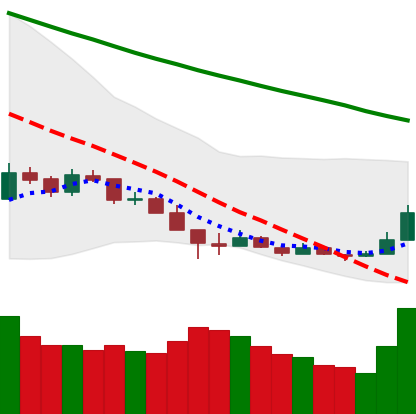
Ticker: LTC-USD
Chart end date: 2018-12-17
Forward return: 8.839%
Label: up_7plus